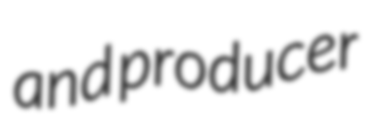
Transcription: and producer